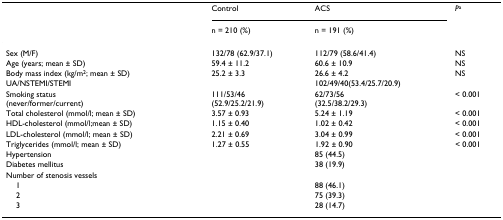
<table><thead><tr><td></td><td><b>Control</b></td><td><b>ACS</b></td><td><b><i>P</i><sup>a</sup></b></td></tr><tr><td></td><td><b>n = 210 (%)</b></td><td><b>n = 191 (%)</b></td><td></td></tr></thead><tbody><tr><td>Sex (M/F)</td><td>132/78 (62.9/37.1)</td><td>112/79 (58.6/41.4)</td><td>NS</td></tr><tr><td>Age (years; mean ± SD)</td><td>59.4 ± 11.2</td><td>60.6 ± 10.9</td><td>NS</td></tr><tr><td>Body mass index (kg/m<sup>2</sup>; mean ± SD)</td><td>25.2 ± 3.3</td><td>26.6 ± 4.2</td><td>NS</td></tr><tr><td>UA/NSTEMI/STEMI</td><td></td><td>102/49/40(53.4/25.7/20.9)</td><td></td></tr><tr><td>Smoking status (never/former/current)</td><td>111/53/46 (52.9/25.2/21.9)</td><td>62/73/56 (32.5/38.2/29.3)</td><td>&lt; 0.001</td></tr><tr><td>Total cholesterol (mmol/l; mean ± SD)</td><td>3.57 ± 0.93</td><td>5.24 ± 1.19</td><td>&lt; 0.001</td></tr><tr><td>HDL-cholesterol (mmol/l;mean ± SD)</td><td>1.15 ± 0.40</td><td>1.02 ± 0.42</td><td>&lt; 0.001</td></tr><tr><td>LDL-cholesterol (mmol/l; mean ± SD)</td><td>2.21 ± 0.69</td><td>3.04 ± 0.99</td><td>&lt; 0.001</td></tr><tr><td>Triglycerides (mmol/l; mean ± SD)</td><td>1.27 ± 0.55</td><td>1.92 ± 0.90</td><td>&lt; 0.001</td></tr><tr><td>Hypertension</td><td></td><td>85 (44.5)</td><td></td></tr><tr><td>Diabetes mellitus</td><td></td><td>38 (19.9)</td><td></td></tr><tr><td>Number of stenosis vessels</td><td></td><td></td><td></td></tr><tr><td> 1</td><td></td><td>88 (46.1)</td><td></td></tr><tr><td> 2</td><td></td><td>75 (39.3)</td><td></td></tr><tr><td> 3</td><td></td><td>28 (14.7)</td><td></td></tr></tbody></table>